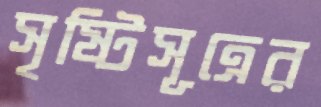
সৃষ্টিসূত্রের